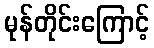
မုန်တိုင်းကြောင့်